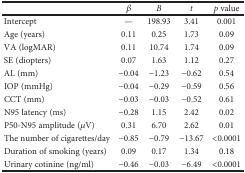
|  | β | B | t | p value |
 | --- | --- | --- | --- | --- |
 | Intercept | — | 198.93 | 3.41 | 0.001 |
 | Age (years) | 0.11 | 0.25 | 1.73 | 0.09 |
 | VA (logMAR) | 0.11 | 10.74 | 1.74 | 0.09 |
 | SE (diopters) | 0.07 | 1.63 | 1.12 | 0.27 |
 | AL (mm) | −0.04 | −1.23 | −0.62 | 0.54 |
 | IOP (mmHg) | −0.04 | −0.29 | −0.59 | 0.56 |
 | CCT (mm) | −0.03 | −0.03 | −0.52 | 0.61 |
 | N95 latency (ms) | −0.28 | 1.15 | 2.42 | 0.02 |
 | P50-N95 amplitude (μV) | 0.31 | 6.70 | 2.62 | 0.01 |
 | The number of cigarettes/day | −0.85 | −0.79 | −13.67 | <0.0001 |
 | Duration of smoking (years) | 0.09 | 0.17 | 1.34 | 0.18 |
 | Urinary cotinine (ng/ml) | −0.46 | −0.03 | −6.49 | <0.0001 |